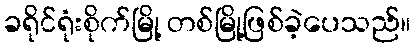
ခရိုင်ရုံးစိုက်မြို့ တစ်မြို့ဖြစ်ခဲ့ပေသည်။